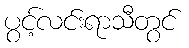
ပွင့်လင်းရာသီတွင်